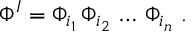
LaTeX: \Phi ^ { I } = \Phi _ { i _ { 1 } } \, \Phi _ { i _ { 2 } } \, \dots \, \Phi _ { i _ { n } } \ .